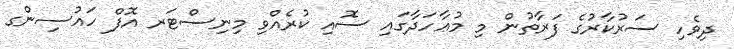
ދިވެހި ސަރުކާރުގެ ފަރާތުން މި މުޢާހަދާގައި ސޮއި ކުރެއްވި މިނިސްޓަރ އޮފް ހައުސިންގ